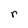
Character: r